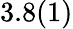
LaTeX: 3.8(1)